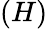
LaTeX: \left(H\right)